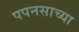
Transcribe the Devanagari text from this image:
पपनसाच्या